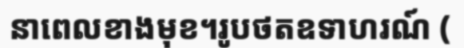
នាពេលខាងមុខ។រូបថតឧទាហរណ៍ (